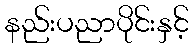
နည်းပညာပိုင်းနှင့်